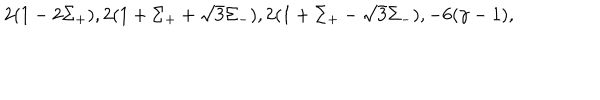
2 ( 1 - 2 \Sigma _ { + } ) , 2 ( 1 + \Sigma _ { + } + \sqrt { 3 } \Sigma _ { - } ) , 2 ( 1 + \Sigma _ { + } - \sqrt { 3 } \Sigma _ { - } ) , - 6 ( \gamma - 1 ) ,